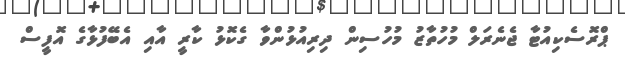
ޕްރޮސެކިއުޓާ ޖެނެރަލް މުހުތާޒު މުހުސިން ދިރިއުޅުންވާ ގެކޮޅު ކާރީ އާއި އެބޭފުޅާގެ އޮފީސް